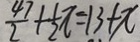
\frac { 4 7 } { 2 } + \frac { 1 } { 2 } \pi = 1 3 + \pi